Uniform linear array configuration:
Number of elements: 64
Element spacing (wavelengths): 0.25
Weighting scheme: cosine
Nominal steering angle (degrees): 45
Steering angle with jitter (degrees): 43.759
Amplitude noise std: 0.05
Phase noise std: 0.05

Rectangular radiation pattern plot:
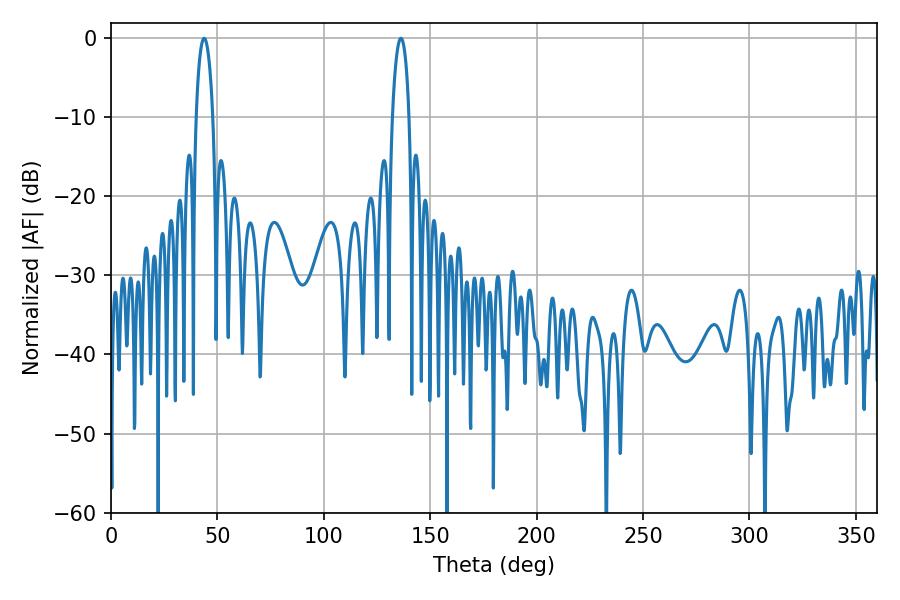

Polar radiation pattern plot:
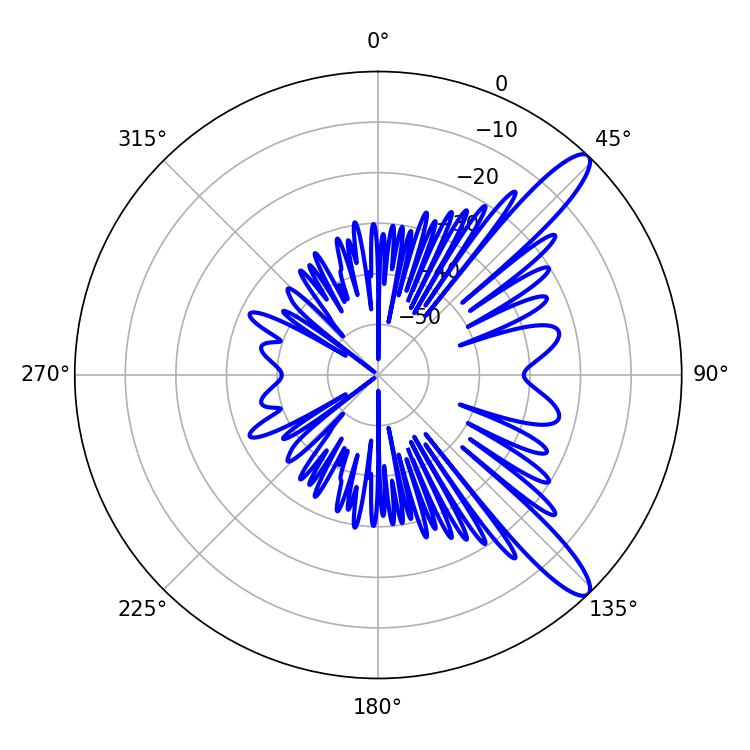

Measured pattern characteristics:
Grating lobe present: FALSE
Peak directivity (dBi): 12.163
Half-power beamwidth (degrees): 4.5
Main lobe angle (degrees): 43.74